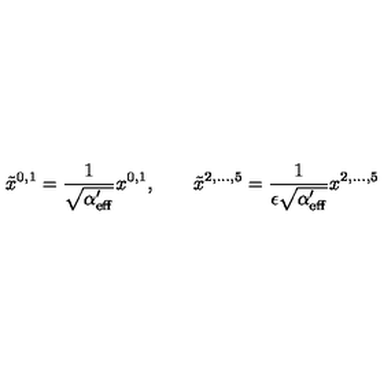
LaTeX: \tilde { x } ^ { 0 , 1 } = \frac { 1 } { \sqrt { \alpha _ { \mathrm { e f f } } ^ { \prime } } } x ^ { 0 , 1 } , \qquad \tilde { x } ^ { 2 , \ldots , 5 } = \frac { 1 } { \epsilon \sqrt { \alpha _ { \mathrm { e f f } } ^ { \prime } } } x ^ { 2 , \ldots , 5 }